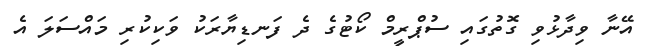
އޭނާ ވިދާޅުވި ގޮތުގައި ސުޕްރީމް ކޯޓުގެ ދެ ފަނޑިޔާރަކު ވަކިކުރި މައްސަލަ އެ